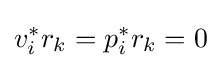
v_{i}^{*}r_{k}=p_{i}^{*}r_{k}=0